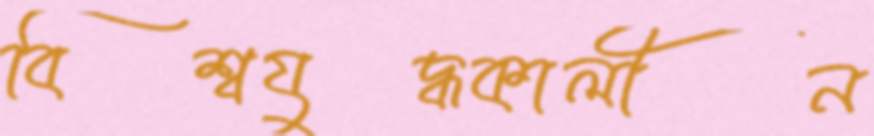
বিশ্বযুদ্ধকালীন